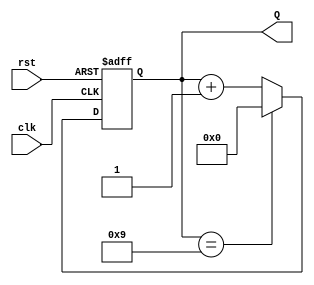
module decade_counter (
    input wire clk,      // Clock input
    input wire rst,      // Asynchronous reset input
    output reg [3:0] Q   // 4-bit output for the counter value
);

// Always block triggered on the rising edge of the clock or the reset signal
always @(posedge clk or posedge rst) begin
    if (rst) begin
        // Asynchronous reset: reset counter to 0
        Q <= 4'b0000;
    end else begin
        // Increment the counter
        if (Q == 4'b1001) begin
            // If the counter is 9, reset to 0 on next clock pulse
            Q <= 4'b0000;
        end else begin
            // Otherwise, increment the counter
            Q <= Q + 1;
        end
    end
end

endmodule